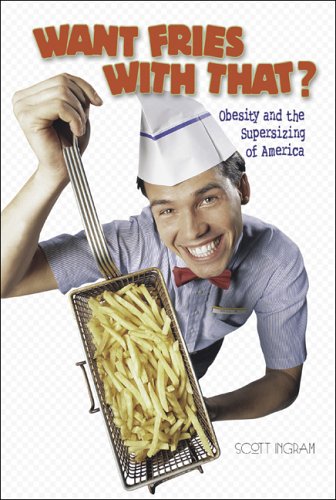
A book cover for Want Fries with That?: Obesity and the Supersizing of America (Watts Library); Scott Ingram; Teen & Young Adult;